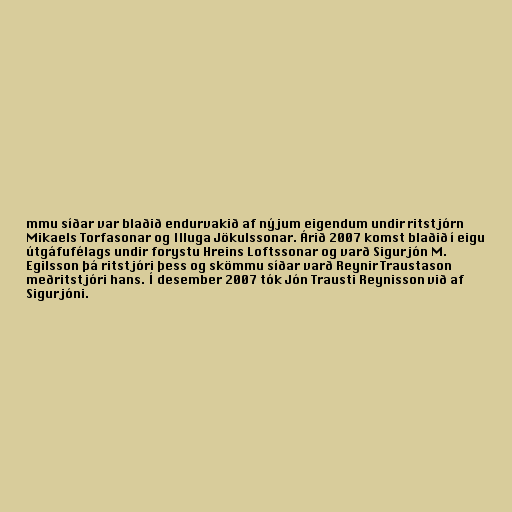
mmu síðar var blaðið endurvakið af nýjum eigendum undir ritstjórn
Mikaels Torfasonar og Illuga Jökulssonar. Árið 2007 komst blaðið í eigu
útgáfufélags undir forystu Hreins Loftssonar og varð Sigurjón M.
Egilsson þá ritstjóri þess og skömmu síðar varð Reynir Traustason
meðritstjóri hans. Í desember 2007 tók Jón Trausti Reynisson við af
Sigurjóni.